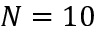
N = 1 0